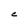
Character: C